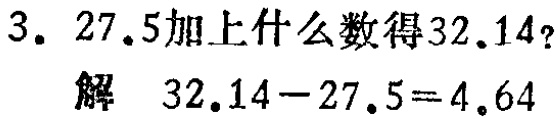
3. \(27.5\)加上什么数得\(32.14\)?

解 \(32.14 - 27.5 = 4.64\)